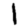
Digit: 1